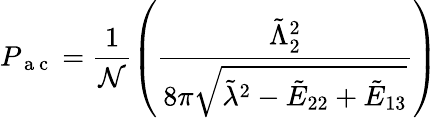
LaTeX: P_{\mathrm{~a~c~}}=\frac{1}{\mathcal{N}}\left(\frac{\tilde{\Lambda}_{2}^{2}}{8\pi\sqrt{\tilde{\lambda}^{2}-\tilde{E}_{22}+\tilde{E}_{13}}}\right)